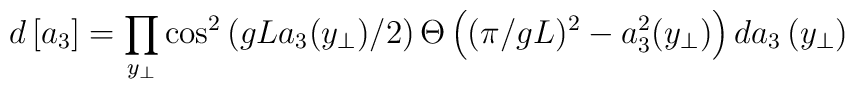
d\left[a_{3}\right] = \prod_{y_{\perp}} \cos^{2}\left( gLa_{3}(y_{\perp})/2 \right)\Theta \left( (\pi/g L)^{2}-a_{3}^{2}(y_{\perp}) \right) da_{3}\left(y_{\perp}\right)